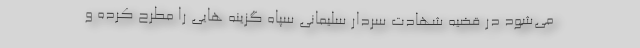
می‌شود در قضیه شهادت سردار سلیمانی سپاه گزینه هایی را مطرح کرده و